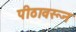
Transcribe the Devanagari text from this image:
पीठावरून